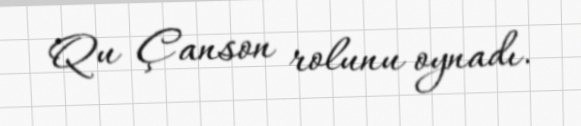
Qu Çanson rolunu oynadı.